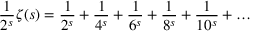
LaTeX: { \frac { 1 } { 2 ^ { s } } } \zeta ( s ) = { \frac { 1 } { 2 ^ { s } } } + { \frac { 1 } { 4 ^ { s } } } + { \frac { 1 } { 6 ^ { s } } } + { \frac { 1 } { 8 ^ { s } } } + { \frac { 1 } { 1 0 ^ { s } } } + \ldots